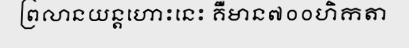
ព្រលានយន្តហោះនេះ គឺមាន៧០០ហិកតា